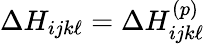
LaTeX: \Delta H_{ijk\ell}=\Delta H_{ijk\ell}^{(p)}